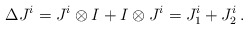
\begin{align*}\Delta J^i = J^i \otimes I + I \otimes J^i = J_1^i +J_2^i \,.\end{align*}